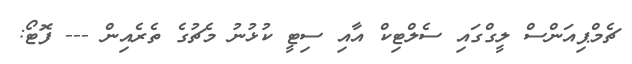
ޗެމްޕިއަންސް ލީގްގައި ސެލްޓިކް އާއި ސިޓީ ކުޅުނު މެޗުގެ ތެރެއިން --- ފޮޓޯ: